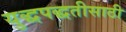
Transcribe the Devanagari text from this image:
युद्धपद्धतीसाठी